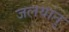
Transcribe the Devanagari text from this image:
जलयानु